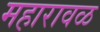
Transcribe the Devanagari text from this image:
महारावळ